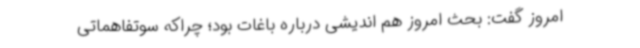
امروز گفت: بحث امروز هم اندیشی درباره باغات بود؛ چراکه سوتفاهماتی